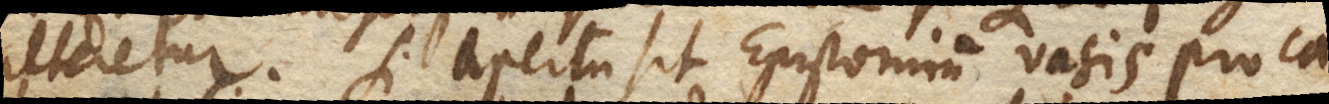
alteretur. Si apertum sit Epistomium vasis pro ca–